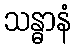
သန္ဓာနံ